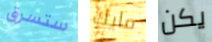
ستسرق مايك يكن